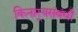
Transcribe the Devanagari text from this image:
किनार्‍यसंबंधी